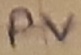
Text: PV